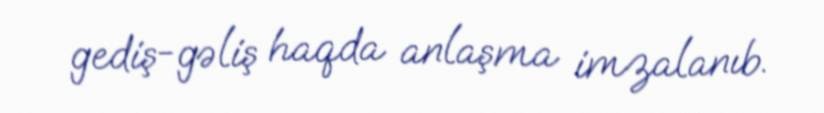
gediş-gəliş haqda anlaşma imzalanıb.